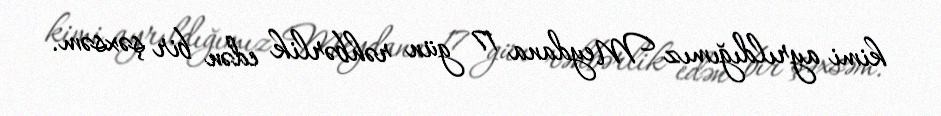
kimi ayrıldığımız Meydana 17 gün rəhbərlik edən bir şəxsəm.